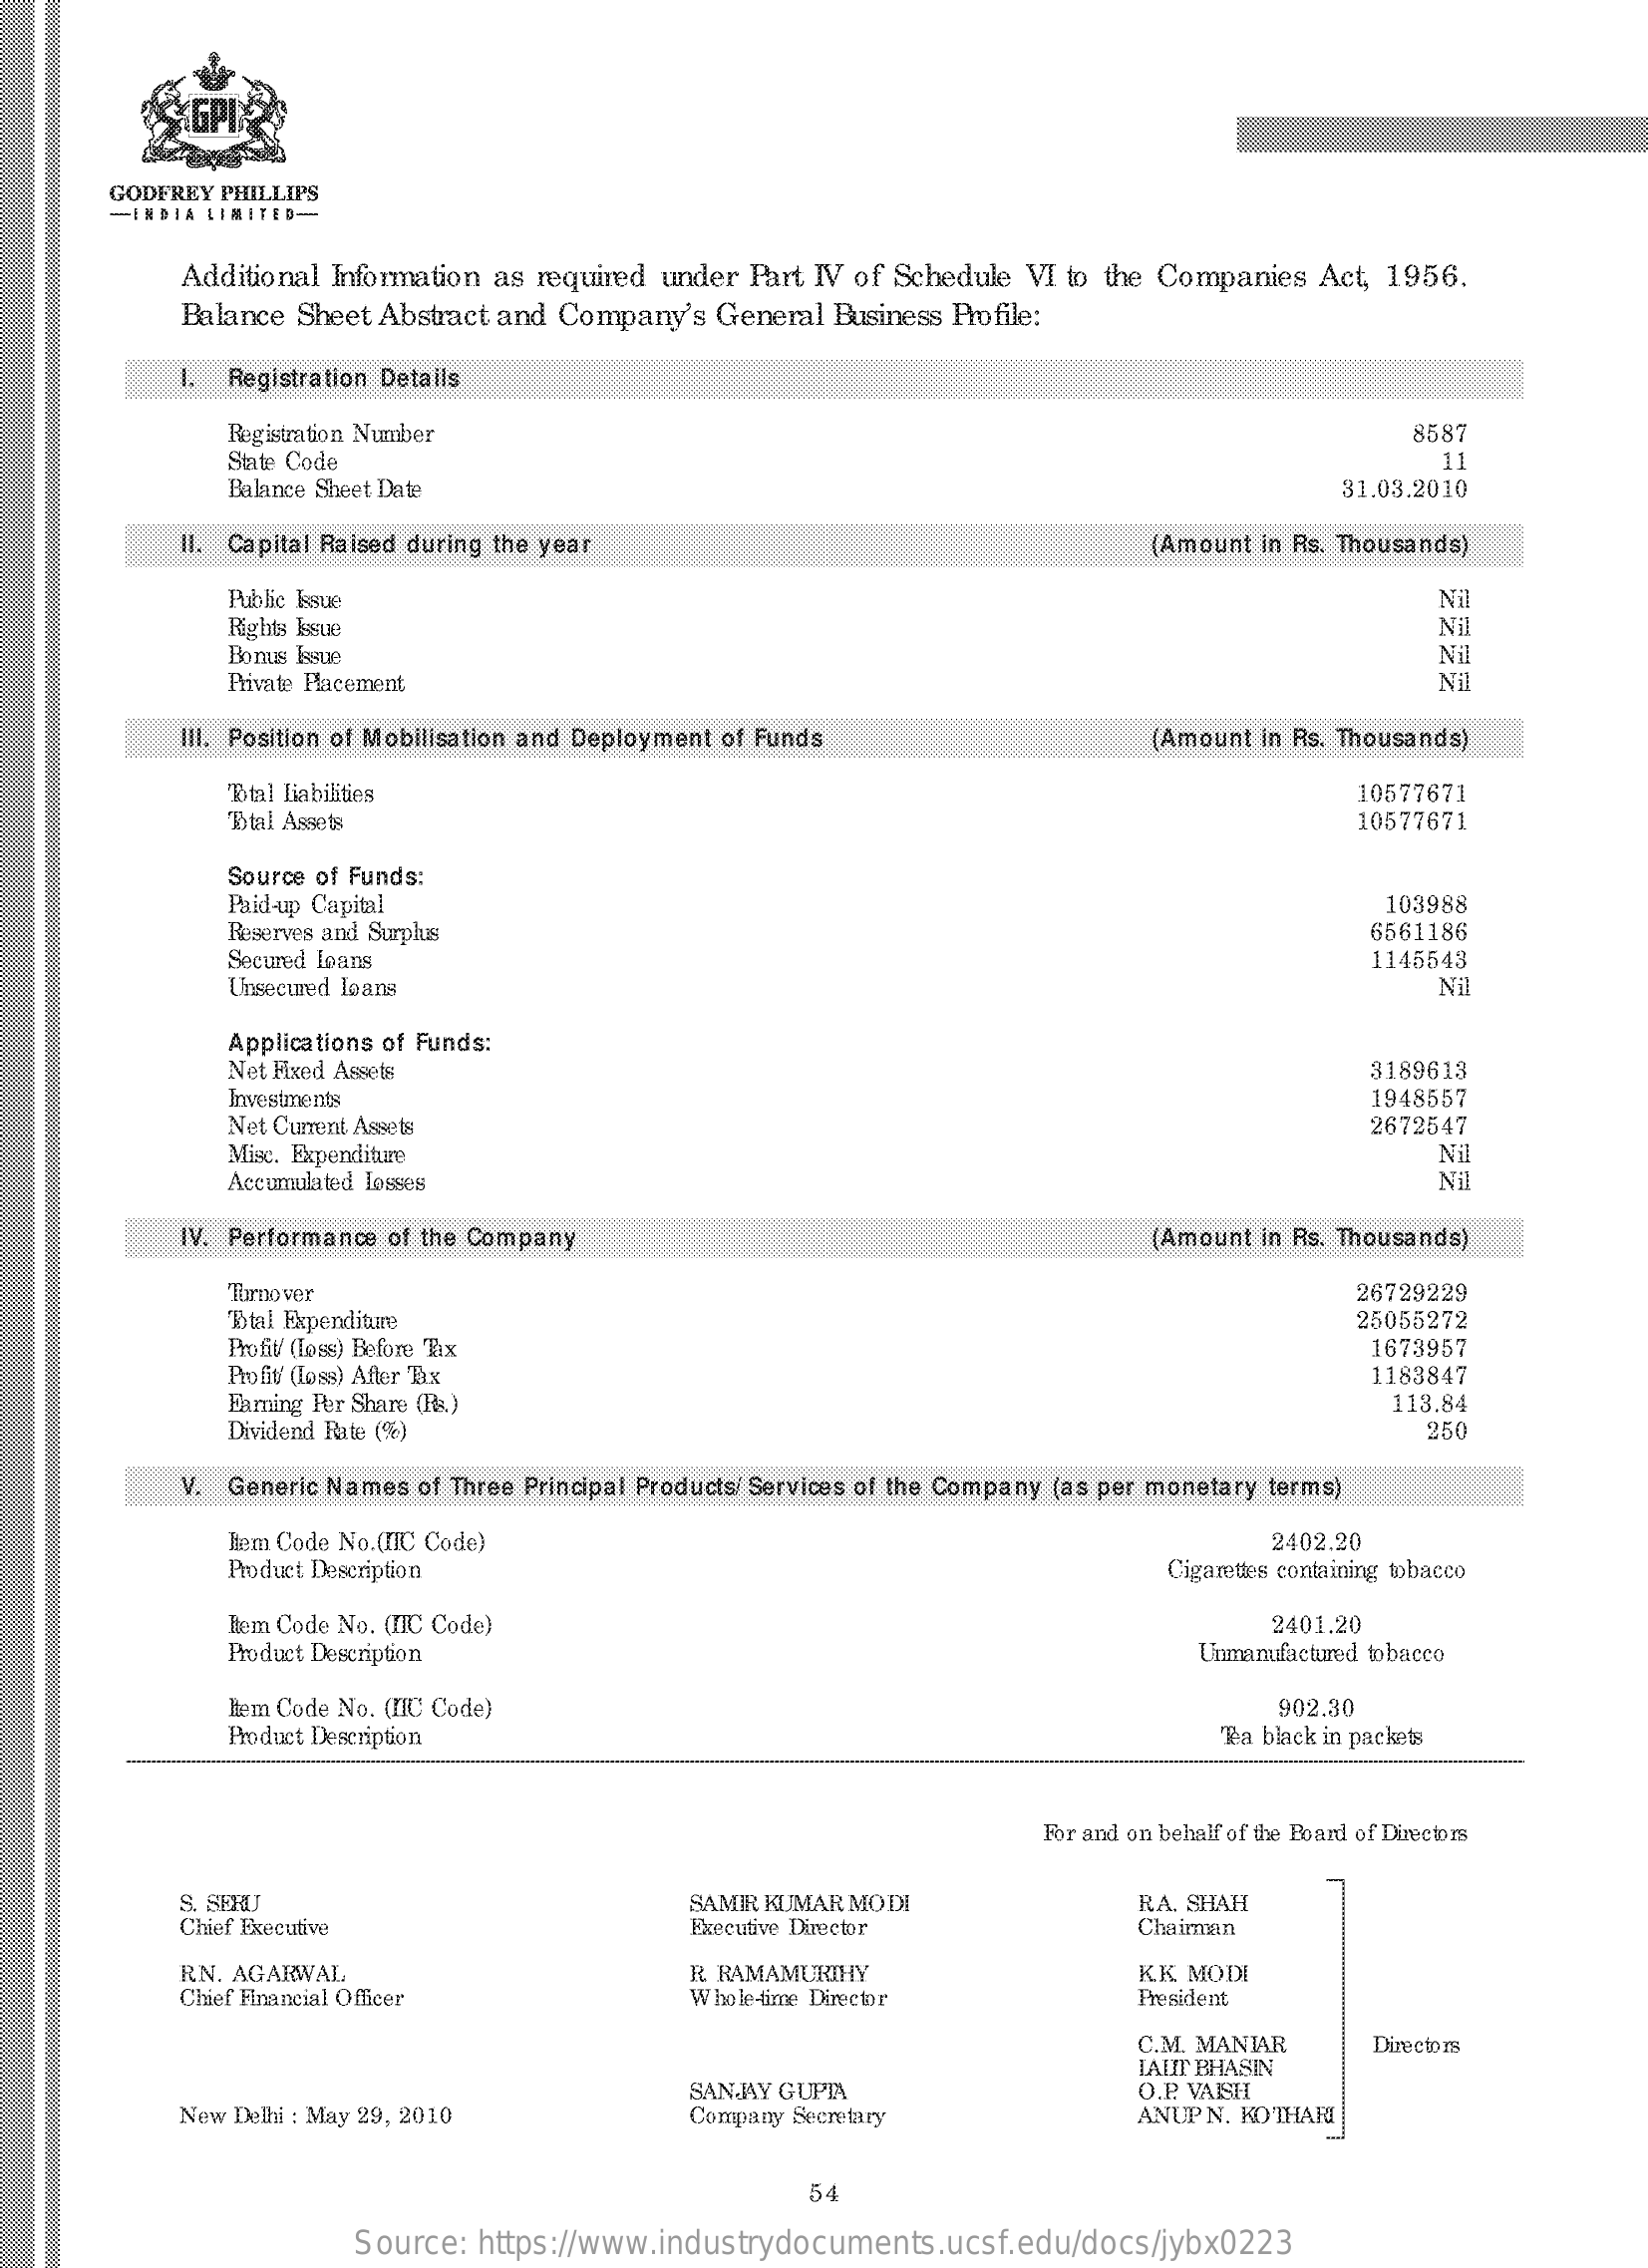
GODFREY PHILLIPS
     -INDIA LIMITED --
     Additional Information as required under Part IV of Schedule VI to the Companies Act, 1956.
     Balance Sheet Abstract and Company's General Business Profile:
     Registration Details
     Registration Number    8587
     State Code    11
     Balance Sheet Date    31.03.2010
     II. Capital Raised during the year    Amount in Rs. Thousands)
     Public Issue
     Rights Issue
     Nil
     Nil
     Bonus Issue
     Private Placement
     Nil
     Nil
     III. Position of Mobilisation and Deployment of Funds    Amount in Rs. Thousands)
     Btal Liabilities    10577671
     Btal Assets    10577671
     Source of Funds:
     Paid-up Capital    103988
     Reserves and Surplus    6561186
     Secured Loans    1145543
     Unsecured Loans    Nil
     Applications of Funds:
     Net Fixed Assets    3189613
     Investments
     Net Current Assets
     1948557
     Misc. Expenditure
     2672547
     Nil
     Accumulated Losses    Nil
     IV. Performance of the Company    (Amount in Rs. Thousands)
     Turnover    26729229
     Btal Expenditure    25055272
     Profit' (Toss) Before Tax    1673957
     Profit (loss) After Tax
     Daming Per Share (R&.)
     1183847
     113.84
     Dividend Rate (%)    250
     V. Generic Names of Three Principal Products/ Services of the Company (as per monetary terms)
     Hem Code No.(IIC Code)
     Product Description
     2402.20
     Cigarettes containing tobacco
     Hem Code No. (IIC Code)
     Product Description
     2401.20
     Unmanufactured tobacco
     Hem Code No. (IIC Code)    902.30
     Product Description    Tea black in packets
     For and on behalf of the Board of Directors
     S. SERI
     Chief Executive
     SAMIR KUMAR MODI    RA. SHAH
     Executive Director    Chairman
     RN. AGARWAL    R RAMAMURIHY
     Chief Financial Officer    Whole-time Director
     KK. MODI
     President
     C.M. MANIAR    Directors
     SANJAY GUPIA
     LAUT BHASN
     New Delhi : May 29, 2010
     O.P. VAISH
     Company Secretary    ANUP N. KOTHARI
     54
     Source: https://www.industrydocuments.ucsf.edu/docs/jybx0223